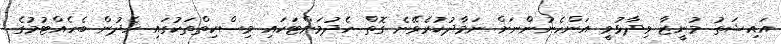
އައިޝަތު މުނީޒާ ވިދާޅުވީ އަންހެނުންނަށް ނަމާދުކުރެވޭނެ ގޮތް ހެދުމަށްޓަކައި މިސްކިތްތަކުގައި ހެދުން ބެހެއްޓުމުގެ